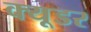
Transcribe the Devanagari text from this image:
क्यूडर